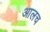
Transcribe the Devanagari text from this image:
आलच